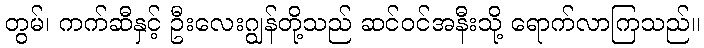
တွမ်၊ ကက်ဆီနှင့် ဦးလေးဂျွန်တို့သည် ဆင်ဝင်အနီးသို့ ရောက်လာကြသည်။